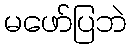
မဖော်ပြဘဲ